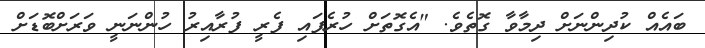
ބައެއް ކުދިންނަށް ދިމާވާ ގޮތެވެ. "އެގޮތަށް ހުރެފައި ފެރީ ފުރާއިރު ހުންނަނީ ވަރަށްބޮޑަށް